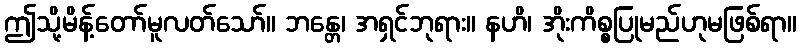
ဤသို့မိန့်တော်မူလတ်သော်။ ဘန္တေ၊ အရှင်ဘုရား။ နဟိ၊ အိုးကိစ္စပြုမည်ဟုမဖြစ်ရာ။